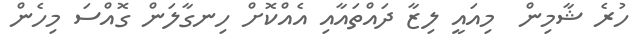
ހުރެ ޝާމިން  މިއައީ ލިޒާ ދައްތައާއި އެއްކޮށް ހިނގާލަން ގޮއްސަ މިހެން